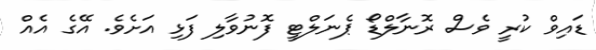
ޑައިވް ކުރީ ވެސް ރޮނާލްޑޯ ޕެނަލްޓީ ފޮނުވާލި ފަޅި އަށެވެ. އޭގެ އެއް